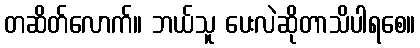
တဆိတ်လောက်။ ဘယ်သူ ပေးလဲဆိုတာသိပါရစေ။